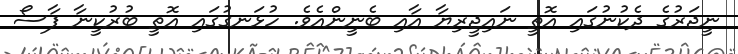
ނީޖަރުގެ ދެކުނުގައި އޮތީ ނައިޖީރިޔާ އާއި ބެނީންއެވެ. ހުޅަނގުގައި އޮތީ ބުރުކީނާ ފާސޯ